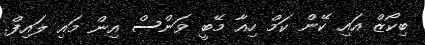
ބިކޯޒް އައި ކޭން ކަމް ހިއާ މޭބީ ވަންސް އިން މައި ލައިފް.